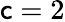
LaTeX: \mathsf{c}=2